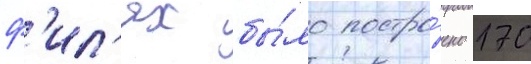
ф'ил'ях бы́ло постро́ено 170